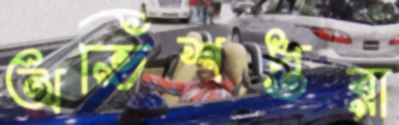
অভিশপ্তরা